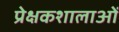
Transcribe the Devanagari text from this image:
प्रेक्षकशालाओं